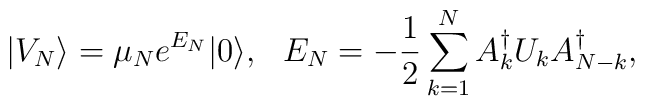
|V_N\rangle=\mu_N e^{E_N}|0\rangle,\ \ E_N=-{1\over2}\sum_{k=1}^N A_k^\dagger U_k A_{N-k}^\dagger,